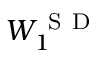
W _ { 1 } ^ { \mathrm { ~ S ~ D ~ } }